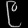
Digit: ၉